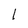
Character: l